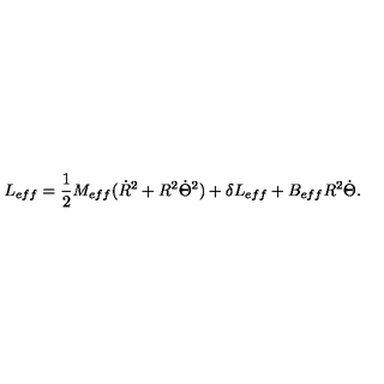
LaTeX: L _ { e f f } = \frac { 1 } { 2 } M _ { e f f } ( \dot { R } ^ { 2 } + R ^ { 2 } \dot { \Theta } ^ { 2 } ) + \delta L _ { e f f } + B _ { e f f } R ^ { 2 } \dot { \Theta } .